Report of the Municipal Commissioner on the plague in Bombay for the year ending 31st May... - Volume 1
Disease focus: Plague
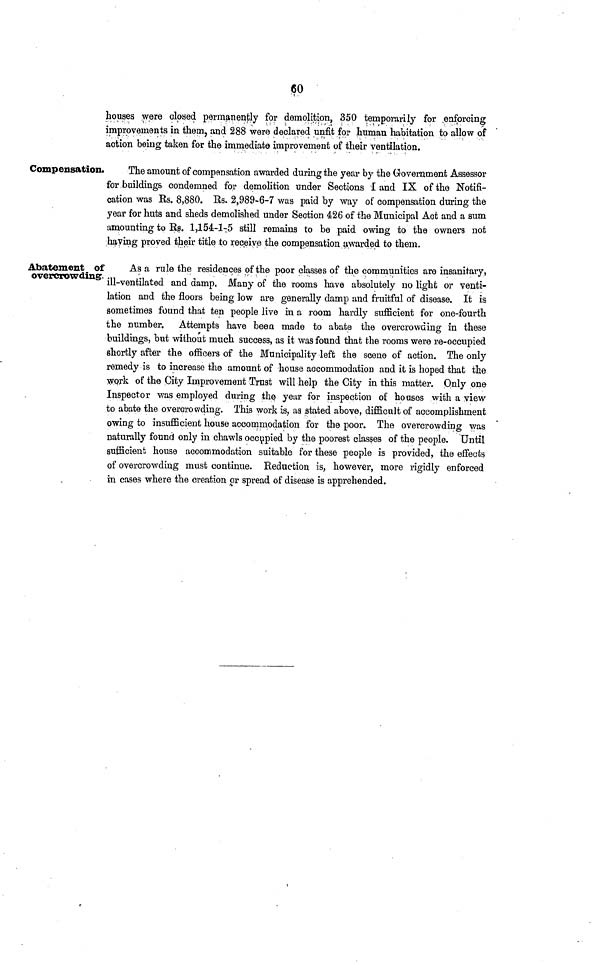
60
Compensation.
Abatement of
overcrowding..
houses were closed permanently for demolition, 350 temporarily for enforcing
improvements in them, and 288 were declared unfit for human habitation to allow of
action being taken for the immediate improvement of their ventilation.
The amount of compensation awarded during the year by the Government Assessor
for buildings condemned for demolition under Sections I and IX of the Notifi-
cation was Es. 8,880. Rs. 2,989-6-7 was paid by way of compensation during the
year for huts and sheds demolished under Section 426 of the Municipal Act and a sum
amounting to Rs. 1,154-1-5 still remains to be paid owing to the owners not
having proved their title to receive the compensation awarded to them.
f
As a rule the residences of the poor classes of the communities are insanitary,
ill-ventilated and damp. Many of the rooms have absolutely no light or
venti-
lation and the floors being low are generally damp and fruitful of disease. It is
sometimes found that ten people live in a room hardly sufficient for one-fourth
the number. Attempts have been made to abate the overcrowding in these
buildings, but without much success, as it was found that the rooms were re-occupied
shortly after the officers of the Municipality left the scene of action. The only
remedy is to increase the amount of house accommodation and it is hoped that the
work of the City Improvement Trust will help the City in this matter. Only one
Inspector was employed during the year for inspection of houses with a view
to abate the overcrowding. This work is, as stated above, difficult of accomplishment
owing to insufficient house accommodation for the poor. The overcrowding was
naturally found only in chawls occupied by the poorest classes of the people. Until
sufficient house accommodation suitable for these people is provided, the effects
of overcrowding must continue. Reduction is, however, more rigidly enforced
in cases where the creation or spread of disease is apprehended.